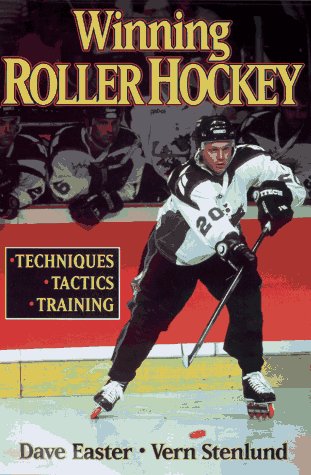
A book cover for Winning Roller Hockey; Dave Easter; Sports & Outdoors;